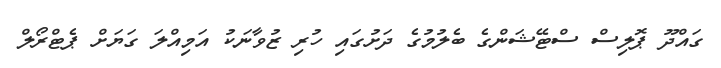
ގައްދޫ ޕޮލިސް ސްޓޭޝަންގެ ބެލުމުގެ ދަށުގައި ހުރި ޒުވާނަކު އަމިއްލަ ގަޔަށް ޕެޓްރޯލް